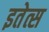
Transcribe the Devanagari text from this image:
इतेत्स